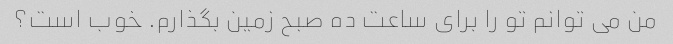
من می توانم تو را برای ساعت ده صبح زمین بگذارم. خوب است؟